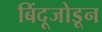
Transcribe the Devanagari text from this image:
बिंदूजोडून